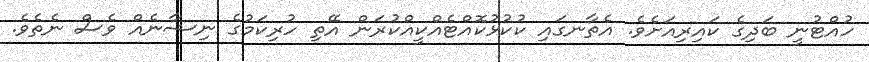
ހުއްޓުނީ ބަދިގެ ކައިރިއަށެވެ. އެތާނގައި ކުކުޅުކޮއްޓެއްކީއްކުރަން އޭތި ހުރިކަމުގެ ނިޝާނެއް ވެސް ނެތެވެ.